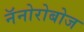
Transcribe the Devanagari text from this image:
नॅनोरोबोज